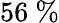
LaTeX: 56\ \%